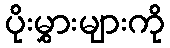
ပိုးမွှားများကို